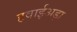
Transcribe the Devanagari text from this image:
हवाईअड़ा